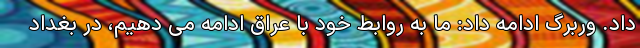
داد. وربرگ ادامه داد: ما به روابط خود با عراق ادامه می دهیم، در بغداد